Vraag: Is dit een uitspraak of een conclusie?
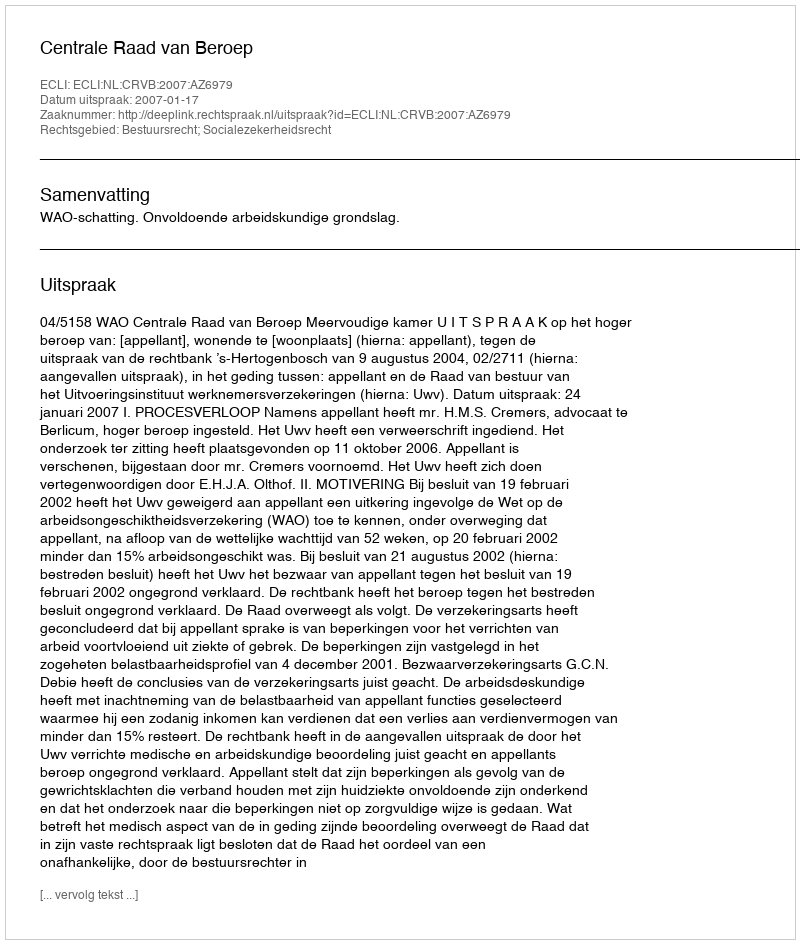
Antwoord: Uitspraak